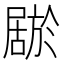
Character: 𫵦